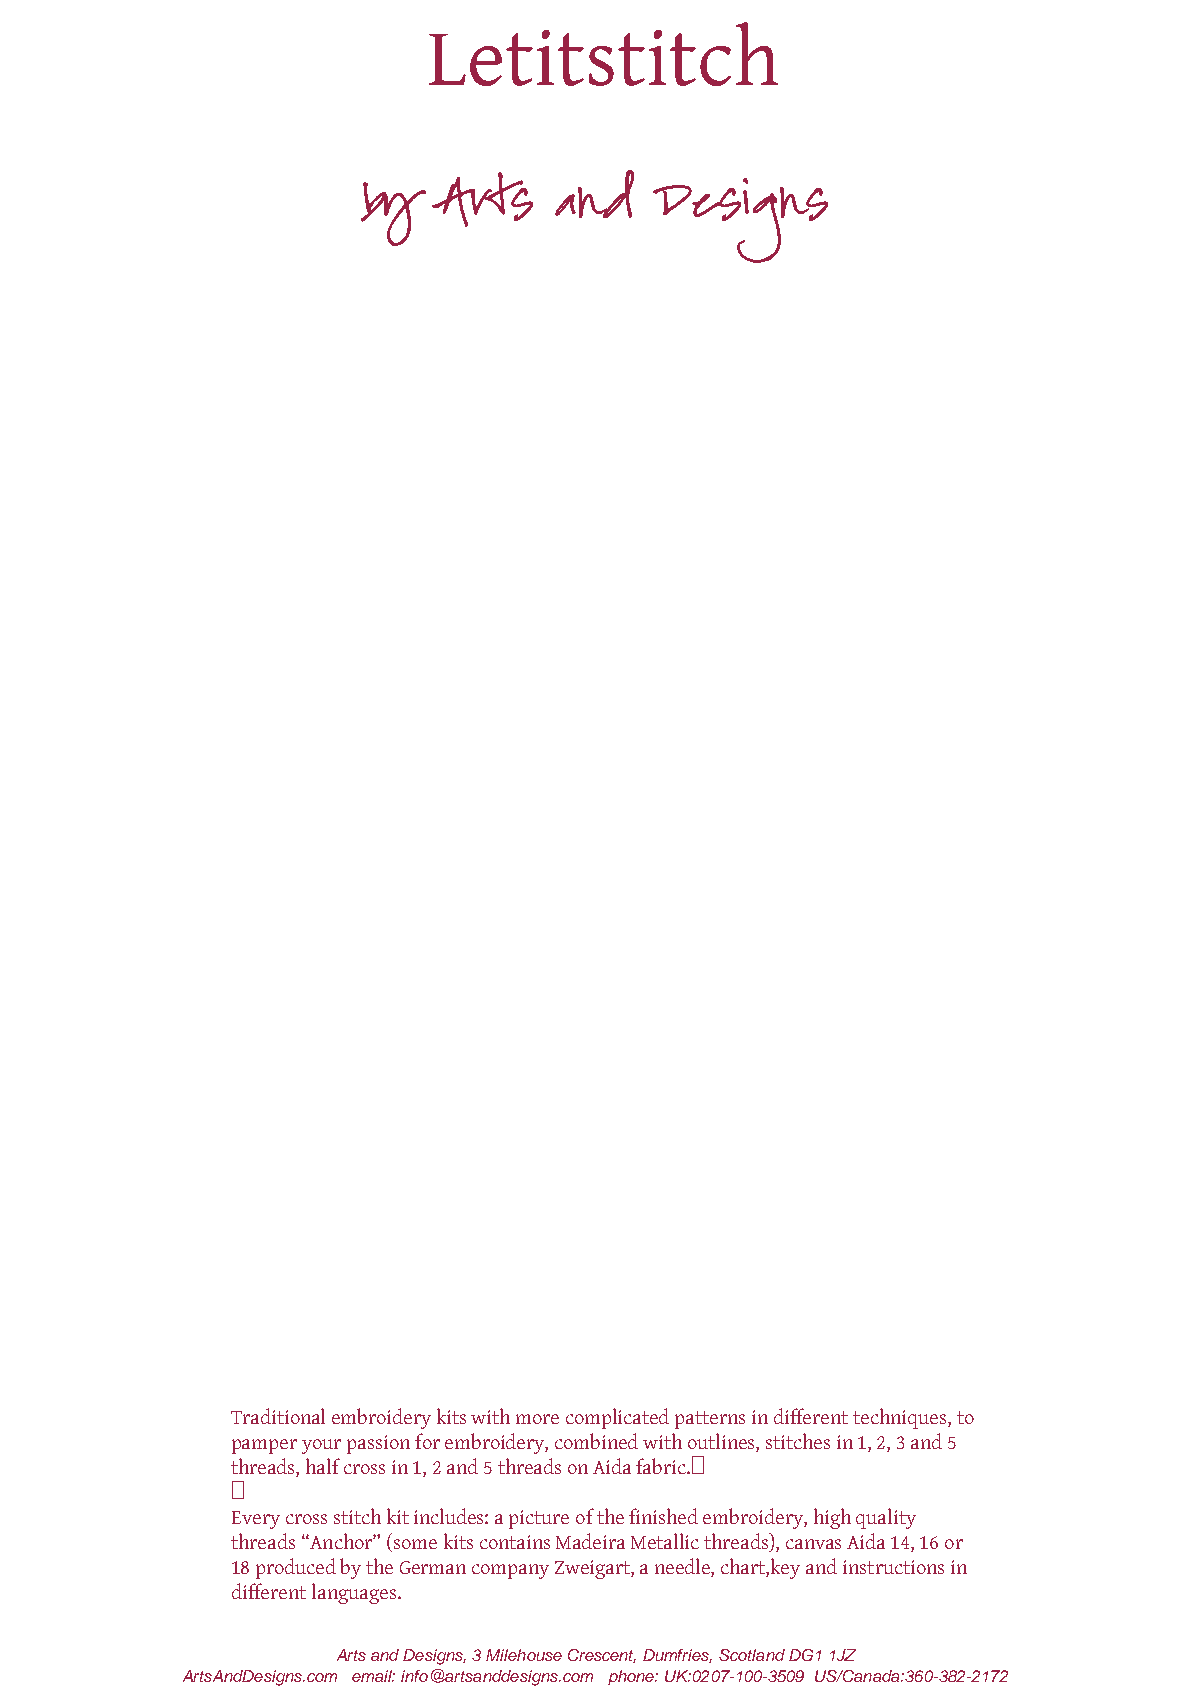
Letitstitch
 by   Arts    and    Designs
 Traditional embroidery kits with more complicated patterns in different techniques, to
 pamper your passion for embroidery, combined with outlines, stitches in 1, 2, 3 and 5
 threads, half cross in 1, 2 and 5 threads on Aida fabric.

 Every cross stitch kit includes: a picture of the finished embroidery, high quality
 threads “Anchor” (some kits contains Madeira Metallic threads), canvas Aida 14, 16 or
 18 produced by the German company Zweigart, a needle, chart,key and instructions in
 different languages.
 Arts and Designs, 3 Milehouse Crescent, Dumfries, Scotland DG1 1JZ
 ArtsAndDesigns.com email: info@artsanddesigns.com phone: UK:0207-100-3509 US/Canada:360-382-2172